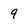
Character: 9